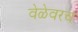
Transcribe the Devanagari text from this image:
वेळेवरच